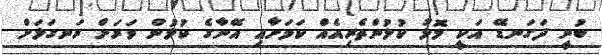
ބުނީ ދަގަނޑޭ އަކީ މޮޅު ކުޅުންތެރިއެއް ކަމަށާއި އޭނާގެ ކުޅުން ވަރަށް ރަނގަޅަށް